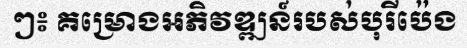
ៗ៖ គម្រោងអភិវឌ្ឍន៍របស់បុរីប៉េង